Rangoon Lunatic Asylum 1893-1897 - 1893-1897
Year: 1893
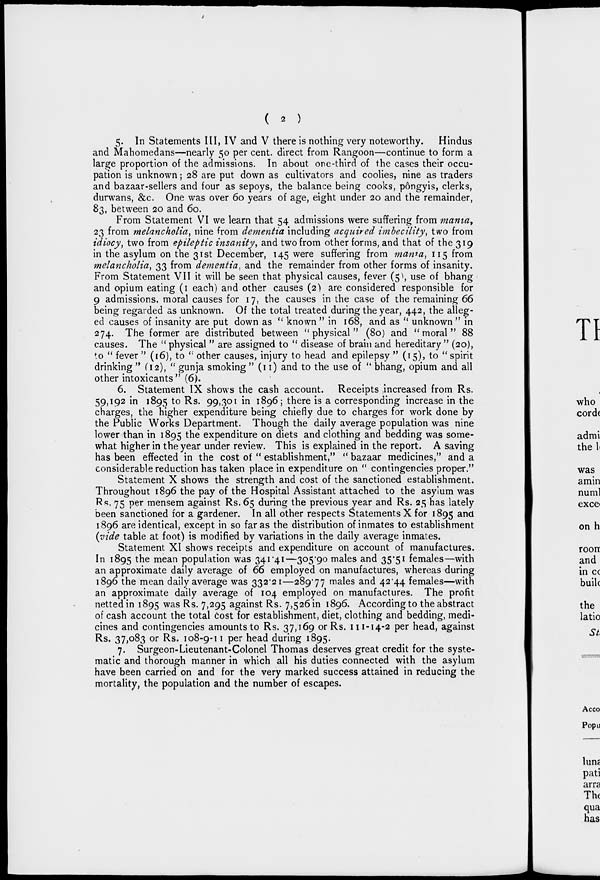
(
2
)
5. In Statements III, IV and V there is nothing very noteworthy. Hindus
and Mahomedans—nearly 50 per cent. direct from Rangoon—continue to form a
large proportion of the admissions. In about one-third of the cases their occu-
pation is unknown; 28 are put down as cultivators and coolies, nine as traders
and bazaar-sellers and four as sepoys, the balance being cooks, pôngyis, clerks,
durwans, &c. One was over 60 years of age, eight under 20 and the remainder,
83, between 20 and 60.
From Statement VI we learn that 54 admissions were suffering from mania,
23 from melancholia, nine from dementia including acquired imbecility, two from
idiocy, two from epileptic insanity, and two from other forms, and that of the 319
in the asylum on the 31st December, 145 were suffering from mania, 115 from
melancholia, 33 from dementia, and the remainder from other forms of insanity.
From Statement VII it will be seen that physical causes, fever (5), use of bhang
and opium eating (1 each) and other causes (2) are considered responsible for
9 admissions, moral causes for 17, the causes in the case of the remaining 66
being regarded as unknown. Of the total treated during the year, 442, the alleg-
ed causes of insanity are put down as " known " in 168, and as " unknown " in
274. The former are distributed between " physical " (80) and " moral " 88
causes. The " physical " are assigned to " disease of brain and hereditary " (20),
to " fever " (16), to " other causes, injury to head and epilepsy " (15), to " spirit
drinking " (12), " gunja smoking " (11) and to the use of " bhang, opium and all
other intoxicants " (6).
6. Statement IX shows the cash account. Receipts increased from Rs.
59,192 in 1895 to Rs. 99,301 in 1896; there is a corresponding increase in the
charges, the higher expenditure being chiefly due to charges for work done by
the Public Works Department. Though the daily average population was nine
lower than in 1895 the expenditure on diets and clothing and bedding was some-
what higher in the year under review. This is explained in the report. A saving
has been effected in the cost of " establishment," " bazaar medicines," and a
considerable reduction has taken place in expenditure on " contingencies proper."
Statement X shows the strength and cost of the sanctioned establishment.
Throughout 1896 the pay of the Hospital Assistant attached to the asylum was
Rs. 75 per mensem against Rs.65 during the previous year and Rs. 25 has lately
been sanctioned for a gardener. In all other respects Statements X for 1895 and
1896 are identical, except in so far as the distribution of inmates to establishment
(vide table at foot) is modified by variations in the daily average inmates.
Statement XI shows receipts and expenditure on account of manufactures.
In 1895 the mean population was 341.41—305.90 males and 35.51 females—with
an approximate daily average of 66 employed on manufactures, whereas during
1896 the mean daily average was 332.21—289.77 males and 42.44 females—with
an approximate daily average of 104 employed on manufactures. The profit
netted in 1895 was Rs. 7,295 against Rs. 7,526 in 1896. According to the abstract
of cash account the total cost for establishment, diet, clothing and bedding, medi-
cines and contingencies amounts to Rs. 37,169 or Rs. 111-14-2 per head, against
Rs. 37,083 or Rs. 108-9-11 per head during 1895.
7. Surgeon-Lieutenant-Colonel Thomas deserves great credit for the syste-
matic and thorough manner in which all his duties connected with the asylum
have been carried on and for the very marked success attained in reducing the
mortality, the population and the number of escapes.